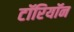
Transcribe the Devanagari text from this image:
टॉरियॉन